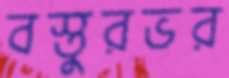
বস্তুরভর